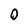
Character: 0